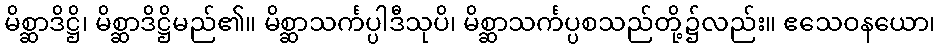
မိစ္ဆာဒိဋ္ဌိ၊ မိစ္ဆာဒိဋ္ဌိမည်၏။ မိစ္ဆာသင်္ကပ္ပါဒီသုပိ၊ မိစ္ဆာသင်္ကပ္ပစသည်တို့၌လည်း။ ဧသေဝနယော၊